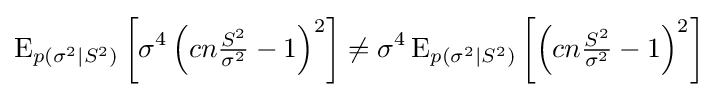
\operatorname {E} _{p(\sigma ^{2}\mid S^{2})}\left[\sigma ^{4}\left(cn{\tfrac {S^{2}}{\sigma ^{2}}}-1\right)^{2}\right]\neq \sigma ^{4}\operatorname {E} _{p(\sigma ^{2}\mid S^{2})}\left[\left(cn{\tfrac {S^{2}}{\sigma ^{2}}}-1\right)^{2}\right]